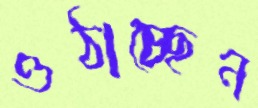
ওঠাচ্ছেন